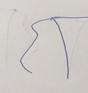
Signature authenticity: forged